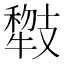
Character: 𱭯